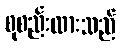
စုစည်းထားသည်